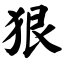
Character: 狠